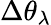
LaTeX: \Delta\theta_{\lambda}